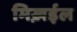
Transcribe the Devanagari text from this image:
मिख़ईल